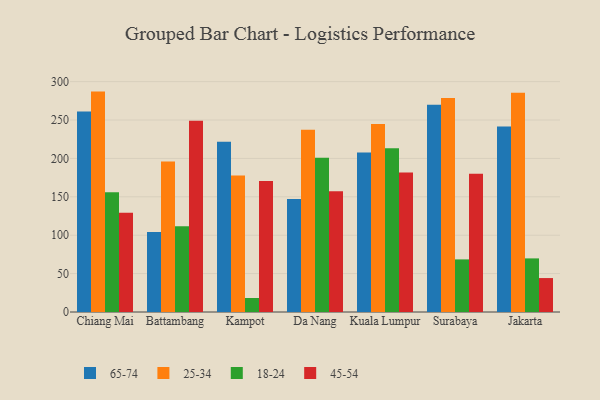
{"axis": {"x": "City", "y": "Conversion Rate (%)"}, "legend": ["18-24", "25-34", "45-54", "65-74"], "data": [{"x": "Chiang Mai", "y": 261.0, "type": "65-74"}, {"x": "Chiang Mai", "y": 287.0, "type": "25-34"}, {"x": "Chiang Mai", "y": 155.9, "type": "18-24"}, {"x": "Chiang Mai", "y": 129.1, "type": "45-54"}, {"x": "Battambang", "y": 104.2, "type": "65-74"}, {"x": "Battambang", "y": 196.1, "type": "25-34"}, {"x": "Battambang", "y": 111.8, "type": "18-24"}, {"x": "Battambang", "y": 249.2, "type": "45-54"}, {"x": "Kampot", "y": 221.6, "type": "65-74"}, {"x": "Kampot", "y": 177.7, "type": "25-34"}, {"x": "Kampot", "y": 18.2, "type": "18-24"}, {"x": "Kampot", "y": 170.7, "type": "45-54"}, {"x": "Da Nang", "y": 147.1, "type": "65-74"}, {"x": "Da Nang", "y": 237.2, "type": "25-34"}, {"x": "Da Nang", "y": 200.9, "type": "18-24"}, {"x": "Da Nang", "y": 157.1, "type": "45-54"}, {"x": "Kuala Lumpur", "y": 207.8, "type": "65-74"}, {"x": "Kuala Lumpur", "y": 244.9, "type": "25-34"}, {"x": "Kuala Lumpur", "y": 213.1, "type": "18-24"}, {"x": "Kuala Lumpur", "y": 181.8, "type": "45-54"}, {"x": "Surabaya", "y": 269.8, "type": "65-74"}, {"x": "Surabaya", "y": 278.8, "type": "25-34"}, {"x": "Surabaya", "y": 68.5, "type": "18-24"}, {"x": "Surabaya", "y": 180.1, "type": "45-54"}, {"x": "Jakarta", "y": 241.4, "type": "65-74"}, {"x": "Jakarta", "y": 285.6, "type": "25-34"}, {"x": "Jakarta", "y": 69.8, "type": "18-24"}, {"x": "Jakarta", "y": 44.2, "type": "45-54"}]}